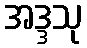
အဒ္ဒသု